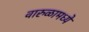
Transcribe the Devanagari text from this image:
वारुळामध्ये